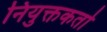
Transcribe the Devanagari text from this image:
नियुक्तकर्ता